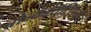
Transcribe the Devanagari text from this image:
ब्रोन्कायटिसचीच